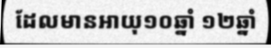
ដែលមានអាយុ១០ឆ្នាំ ១២ឆ្នាំ